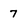
Character: 7